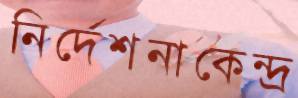
নির্দেশনাকেন্দ্র